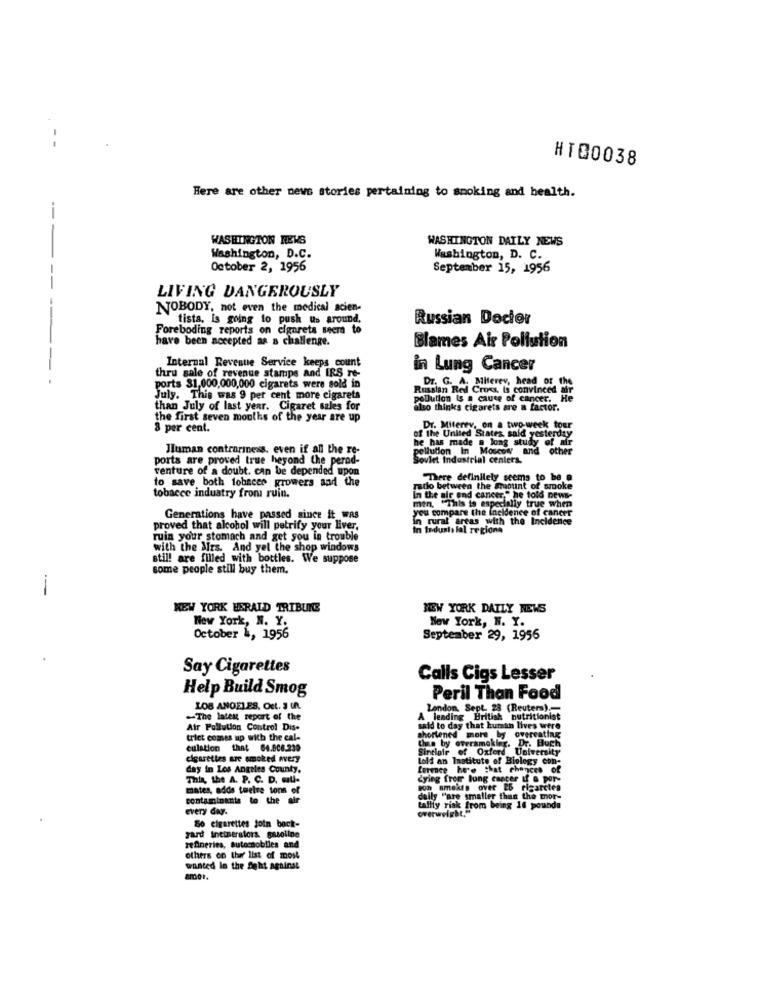
HT00038
Here are other news stories pertaining to smoking and health.
--
WASHINGTON REWS
WASHINGTON DAILY NEWS
Washington, D.C.
Washington, D. C.
October 2, 1956
September 15, 1956
LIVING DANGEROUSLY
NOBODY, not even the medical scien-
----
tista, is going to push us around,
Russian Doctor
Foreboding reports on cigarets seera to
have been accepted as a challenge.
Blames Air Pollution
Internal Revenue Service keeps count
-
thru sale of revenue stamps and IRS re-
in Lung Cancer
Dr. G. A. Miterey, head of the
ports $1,000,000,000 cigarets were sold in
Russian Red Cross. Is convinced air
July. This was 9 per cent more cigarets
pollution Is a cause of cancer. He
than July of last year. Cigaret sales for
also thinks cigarets are a factor.
the first seven months of the year are up
8 per cent.
Dr. Miterev, on a two-week tour
he has made a long study of afr
of the United States, said yesterday
Human contrariness, even if all the re-
pollution In Moscow and other
other
ports are proved true heyond Che perad-
Soviet Industrial centers.
venture of a doubt. can be depended upon
to save both fobecer growers and the
There definitely seems to be a
radio between the amount of smoke
tobacce industry from ruin.
In the air and cancer." he told news-
men. "This is especially tr
you compare the incidence of cancer
Generations have passed since it was
in rural areas with the Incidence
proved that alcohol will petrify your liver.
in Indust, lal regione
ruin your stomach and get you in trouble
with the Mrs. And yel the shop windows
stil! are filled with bottles. We suppose
some people still buy them.
NEW YORK HERALD TRIBUNE
NEW YORK DAILY NEWS
New York, N. Y.
New York, N. Y.
October &, 1956
September 29, 1956
Say Cigarettes
Calls Cigs Lesser
Help Build Smog
Peril Than Food
LOS ANGELES, Ost. 3 IR
Landon. Sept 28 (Reuters)
-The latest report of the
A leading British nutritionist
Air Pollution Control Dis-
said to day that hursan lives were
trict comes up with the cal-
shortened more by overeating
culation that 64.808.239
the by oversmokier. Dr. Buch
Sinclair of Oxford University
cigarettes are smoked nvery
Loli an Institute of Biology con-
day in Los Angeles County.
formee he'e that chances of
This, the A. P. C. D. mul-
dying from lung cancer if o por-
mates, adds twelve tons of
Non amekis over 25 Figarctes
contaminants to the air
daily "are smaller than the mor-
Every day.
overweight."
tallly risk from being 16 pounds
So cigarettes join back-
yard Ineineralors gasoline
refineries, autocsoblies and
others on the list of most
wanted le the Sieht against
amer.